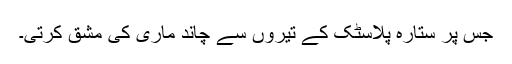
جس پر ستارہ پلاسٹک کے تیروں سے چاند ماری کی مشق کرتی۔